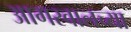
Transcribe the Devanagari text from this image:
आगरवालच्या